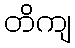
တိကျ